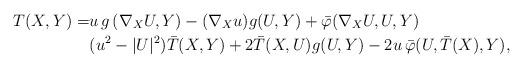
LaTeX: \begin{align*}T(X,Y)=& u\, g\left(\nabla_X U,Y\right)-(\nabla_Xu)g(U,Y)+\bar{\varphi}(\nabla_XU,U,Y)\\&(u^2-|U|^2)\bar{T}(X,Y)+2\bar{T}(X,U)g(U,Y)-2u\,\bar{\varphi}(U,\bar{T}(X),Y),\end{align*}